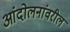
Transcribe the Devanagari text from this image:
आंदोलनांवरील